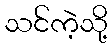
သင်ကဲ့သို့